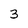
Character: 3